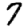
Digit: 7